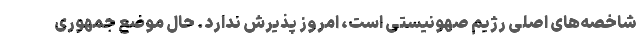
شاخصه‌های اصلی رژیم صهونیستی است، امروز پذیرش ندارد. حال موضع جمهوری